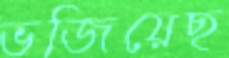
ভজিয়েছ